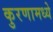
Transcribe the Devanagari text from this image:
कुरणामध्ये